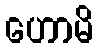
ဟောမိ